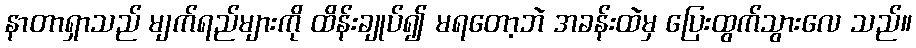
နာတာရှာသည် မျက်ရည်များကို ထိန်းချုပ်၍ မရတော့ဘဲ အခန်းထဲမှ ပြေးထွက်သွားလေ သည်။